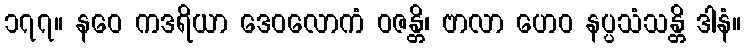
၁၇၇။ နဝေ ကဒရိယာ ဒေဝလောကံ ဝဇန္တိ၊ ဗာလာ ဟေဝ နပ္ပသံသန္တိ ဒါနံ။